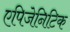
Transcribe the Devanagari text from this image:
एपिजेनिटिक